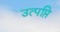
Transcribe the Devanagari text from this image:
उत्पप्ति